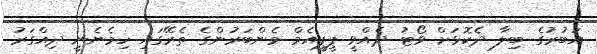
އަބުރުގެ ބިލާ ދެކޮޅަށް ވޯޓު ދެއްވީ ޕީޕީއެމް މެންބަރުންގެ ތެރޭގައި ހިމެނެނީ ދިއްގަރު